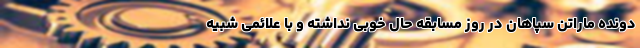
دونده ماراتن سپاهان در روز مسابقه حال خوبی نداشته و با علائمی شبیه